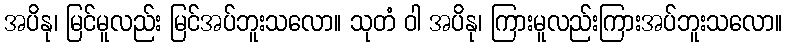
အပိနု၊ မြင်မူလည်း မြင်အပ်ဘူးသလော။ သုတံ ဝါ အပိနု၊ ကြားမူလည်းကြားအပ်ဘူးသလော။